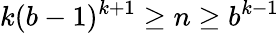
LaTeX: k(b-1)^{k+1}\geq n\geq b^{k-1}